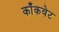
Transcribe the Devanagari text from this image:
काँकवेट